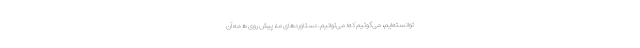
توانسته‌ایم، می‌گوئیم که؛ می‌توانیم. دستاوردهای ما، پیش روی همه آن